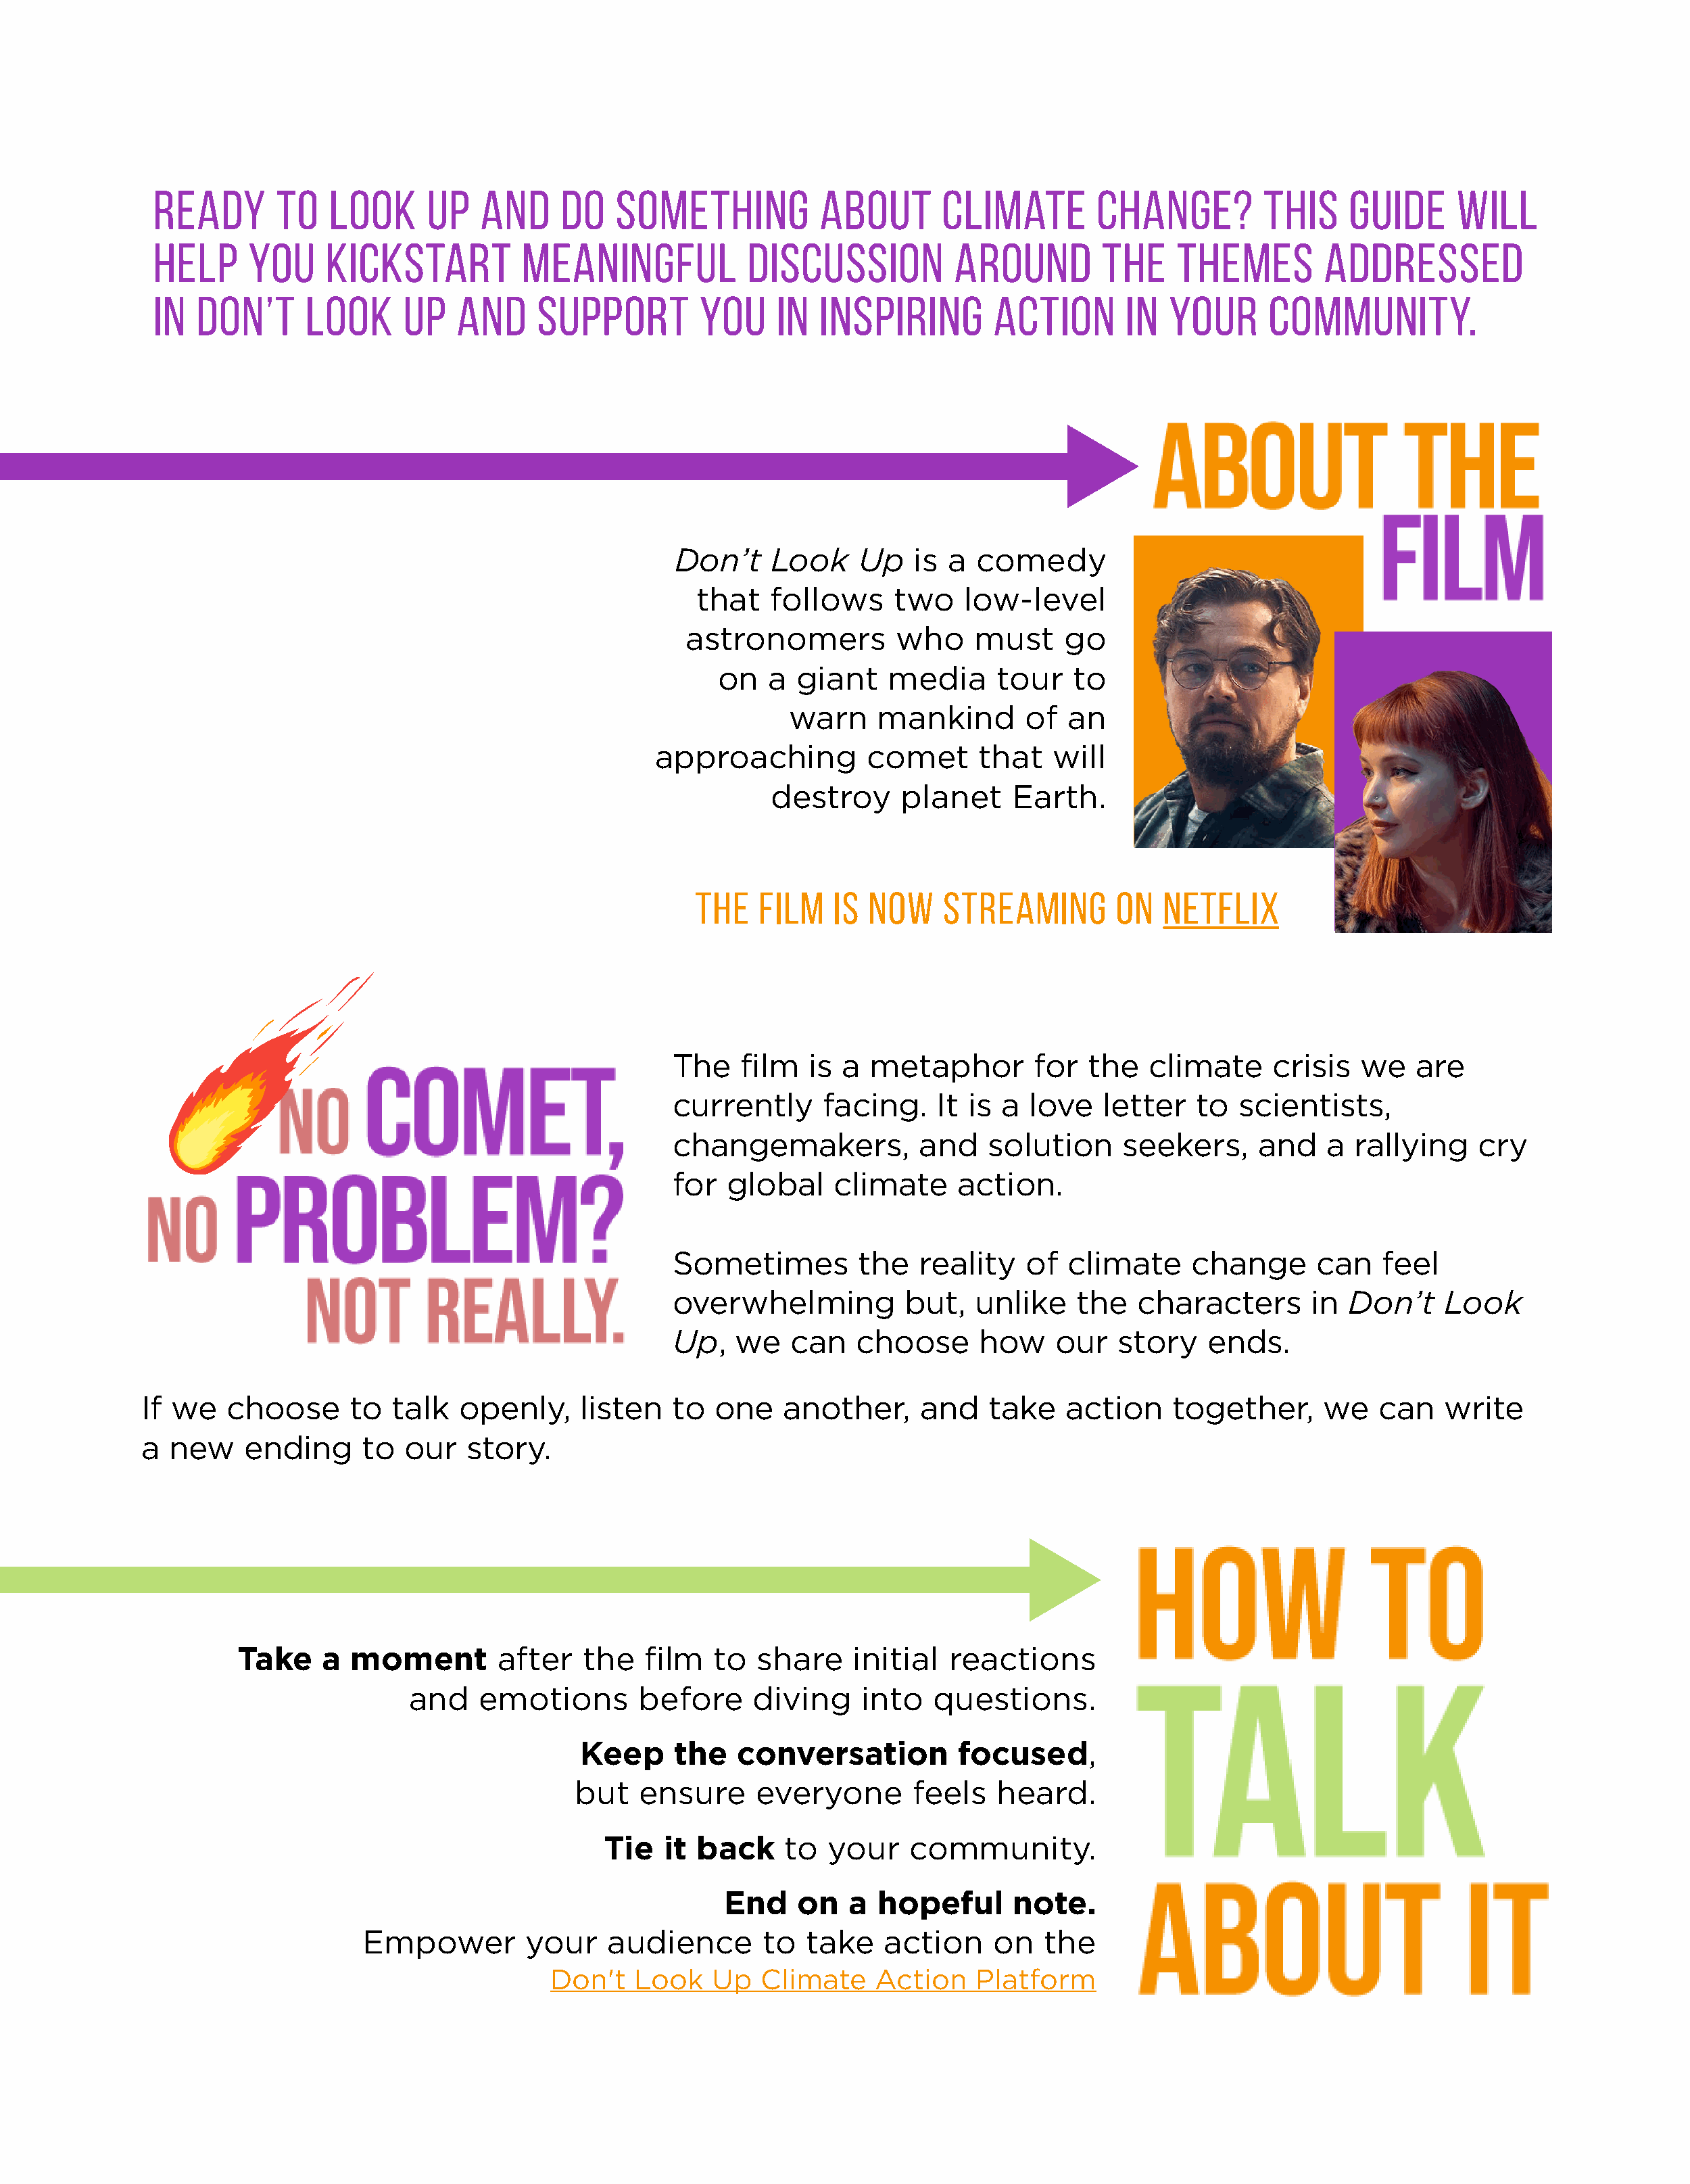
Ready       to   look      up   and     do   something           about       climate        change?          This    guide      will
 help     you     kickstart          meaningful            discussion          around         the    themes         addressed
 in  Don’t      Look     Up    and     support         you    in  inspiring        action       in  your      community.
 Don’t     Look    Up    is a  comedy
 that   follows      two   low-level
 astronomers          who    must     go
 on   a  giant    media      tour   to
 warn     mankind       of   an
 approaching          comet      that   will
 destroy      planet     Earth.
 The   film    is now    streaming        on   Netflix
 The    film  is a  metaphor        for   the  climate      crisis  we    are
 currently      facing.    It is a  love   letter   to  scientists,
 changemakers,           and    solution     seekers,     and    a  rallying    cry
 for  global     climate     action.
 Sometimes         the   reality   of   climate     change      can   feel
 overwhelming           but,   unlike   the   characters       in  Don’t    Look
 Up,   we   can    choose      how    our   story    ends.
 If we   choose      to  talk   openly,     listen   to  one    another,     and    take   action     together,      we   can   write
 a  new    ending     to   our   story.
 Take     a moment         after   the   film   to  share     initial  reactions
 and    emotions        before     diving    into   questions.
 Keep     the   conversation          focused,
 but    ensure     everyone       feels    heard.
 Tie   it back     to  your    community.
 End    on   a  hopeful      note.
 Empower         your    audience       to  take    action    on   the
 Don't   Look    Up   Climate    Action    Platform